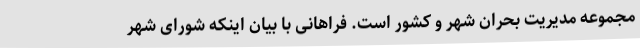
مجموعه مدیریت بحران شهر و کشور است. فراهانی با بیان اینکه شورای شهر